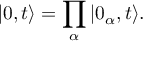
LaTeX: \vert 0 , t \rangle = \prod _ { \alpha } \vert 0 _ { \alpha } , t \rangle .